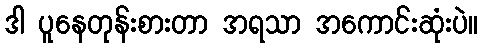
ဒါ ပူနေတုန်းစားတာ အရသာ အကောင်းဆုံးပဲ။